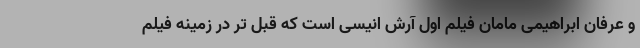
و عرفان ابراهیمی مامان فیلم اول آرش انیسی است که قبل تر در زمینه فیلم